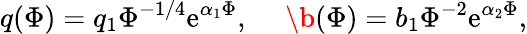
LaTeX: q(\Phi)=q_{1}\Phi^{-1/4}\mathrm{e}^{\alpha_{1}\Phi},\ \ \ \ \ \b{(}\Phi)=b_{1}\Phi^{-2}\mathrm{e}^{\alpha_{2}\Phi},